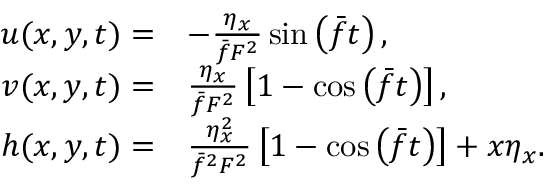
\begin{array} { r l } { u ( x , y , t ) = } & { - \frac { \eta _ { x } } { \bar { f } F ^ { 2 } } \sin \left( \bar { f } t \right) , } \\ { v ( x , y , t ) = } & { \frac { \eta _ { x } } { \bar { f } F ^ { 2 } } \left[ 1 - \cos \left( \bar { f } t \right) \right] , } \\ { h ( x , y , t ) = } & { \frac { \eta _ { x } ^ { 2 } } { \bar { f } ^ { 2 } F ^ { 2 } } \left[ 1 - \cos \left( \bar { f } t \right) \right] + x \eta _ { x } . } \end{array}